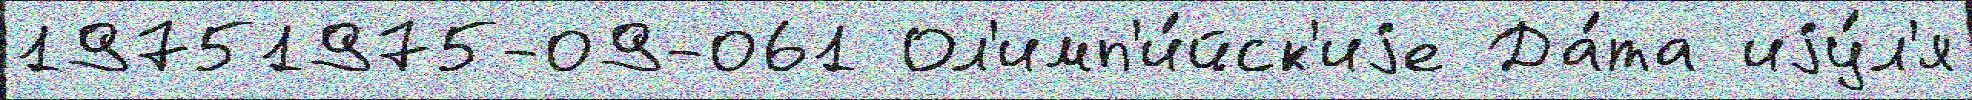
19751975-09-061 Ол'имп'и́йск'иjе Да́та иjу́л'я